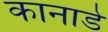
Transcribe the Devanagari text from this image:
कानाडे